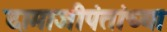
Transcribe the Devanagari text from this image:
दामाजीपंतांच्या